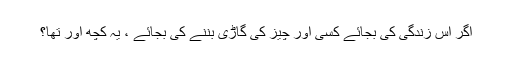
اگر اس زندگی کی بجائے کسی اور چیز کی گاڑی بننے کی بجائے ، یہ کچھ اور تھا؟